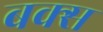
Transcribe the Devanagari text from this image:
बक्‍स